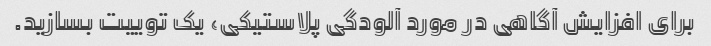
برای افزایش آگاهی در مورد آلودگی پلاستیکی، یک توییت بسازید.